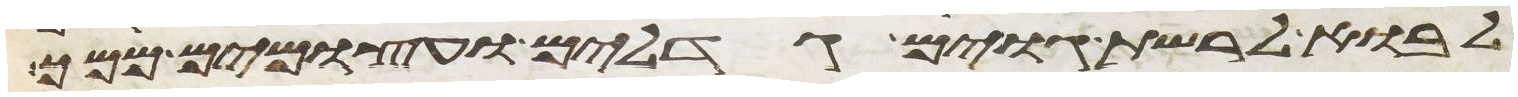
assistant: לבוא לרשת גוים גדלים ועצמים ממך